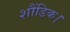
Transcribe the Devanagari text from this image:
शौंडिक।